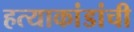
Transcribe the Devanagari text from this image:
हत्याकांडांची